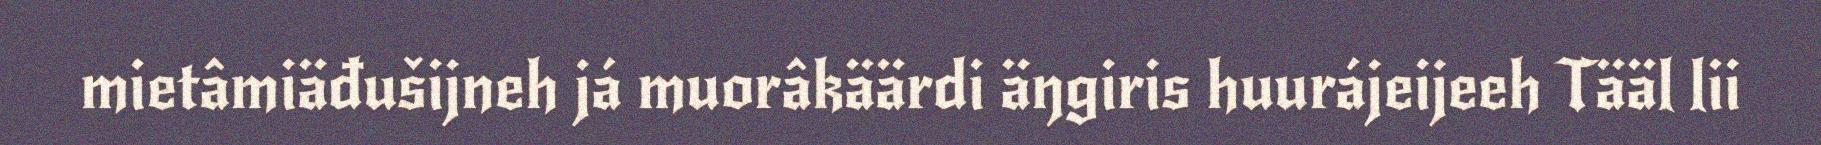
mietâmiäđušijneh já muorâkäärdi äŋgiris huurájeijeeh Tääl lii